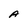
Character: A